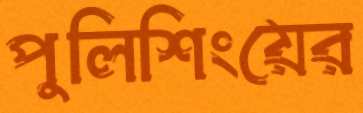
পুলিশিংয়ের